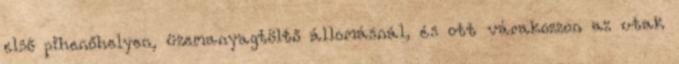
első pihenőhelyen, üzemanyagtöltő állomásnál, és ott várakozzon az utak